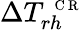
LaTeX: \Delta T_{rh}^{\mathrm{~\scriptsize~C~R~}}